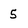
Character: 5